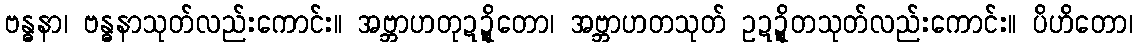
ဗန္ဓနာ၊ ဗန္ဓနာသုတ်လည်းကောင်း။ အဗ္ဘာဟတုဍ္ဍိတော၊ အဗ္ဘာဟတသုတ် ဥဍ္ဍိတသုတ်လည်းကောင်း။ ပိဟိတော၊